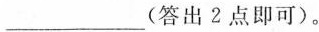
___(答出2点即可）。